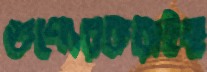
গুণ্যেরকরাইছ